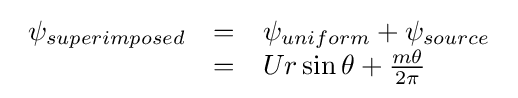
{\begin{array}{lcl}\psi _{superimposed}&=&\psi _{uniform}+\psi _{source}\\&=&Ur\sin {\theta }+{\frac {m\theta }{2\pi }}\\\end{array}}